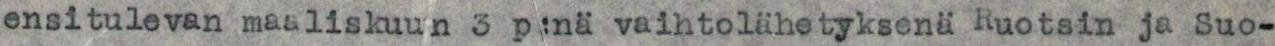
ensitulevan maaliskuun 3 p:nä vaihtolähetyksen Ruotsin ja Suo-